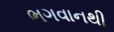
ભગવાનથી